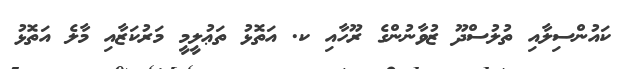
ކައުންސިލާއި ތުލުސްދޫ ޒުވާނުންގެ ރޫހާއި ކ. އަތޮޅު ތަޢުލީމީ މަރުކަޒާއި މާލެ އަތޮޅު